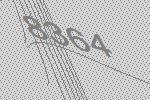
8364